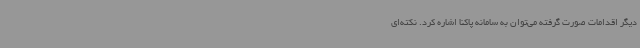
دیگر اقدامات صورت گرفته می‌توان به سامانه پاکنا اشاره کرد. نکته‌ای